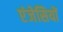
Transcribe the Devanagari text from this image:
एंजेसियों